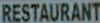
RESTAURANT